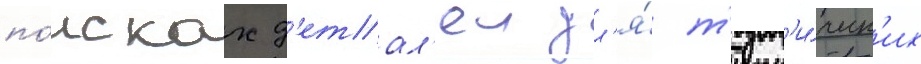
по́исках д'етал'еи дл'я́ т'ехн'и́ческ'их